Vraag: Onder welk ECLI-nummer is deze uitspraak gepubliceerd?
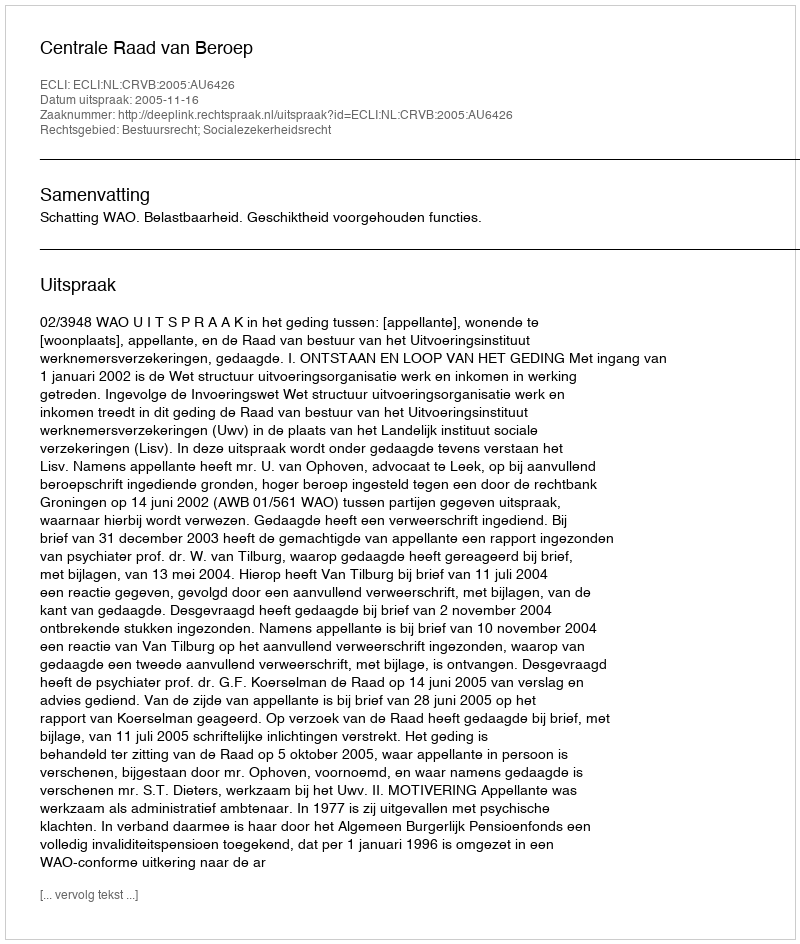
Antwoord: ECLI:NL:CRVB:2005:AU6426